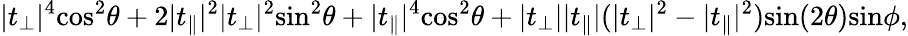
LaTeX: \lvert t_{\perp}\rvert^{4}\textrm{cos}^{2}\theta+2\lvert t_{\parallel}\rvert^{2}\lvert t_{\perp}\rvert^{2}\textrm{sin}^{2}\theta+\lvert t_{\parallel}\rvert^{4}\textrm{cos}^{2}\theta+\lvert t_{\perp}\rvert\lvert t_{\parallel}\rvert(\lvert t_{\perp}\rvert^{2}-\lvert t_{\parallel}\rvert^{2})\textrm{sin}(2\theta)\textrm{sin}\phi,